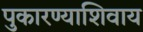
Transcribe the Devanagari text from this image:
पुकारण्याशिवाय